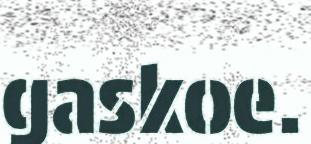
gaskoe.